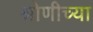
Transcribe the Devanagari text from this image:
श्रोणीच्या